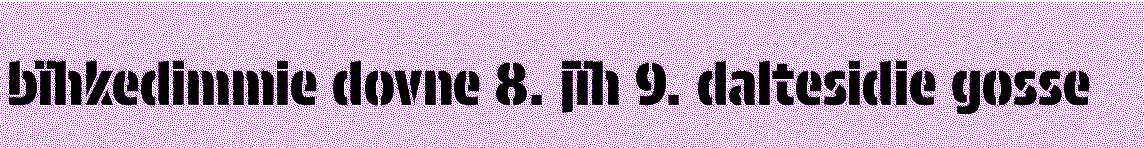
bïhkedimmie dovne 8. jïh 9. daltesidie gosse